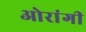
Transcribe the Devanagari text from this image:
ओरांगी